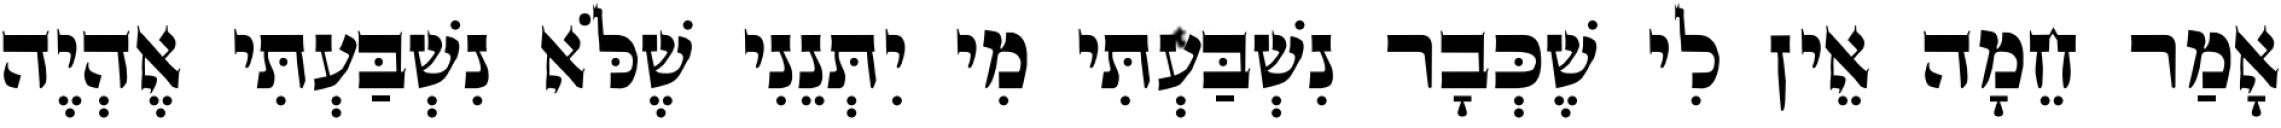
אָמַר חֵמָה אֵין לִי שֶׁכְּבָר נִשְׁבַּעְתִּי מִי יִתְּנֵנִי שֶׁלֹּא נִשְׁבַּעְתִּי אֶהְיֶה